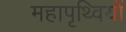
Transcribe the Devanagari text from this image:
महापृथ्वियों